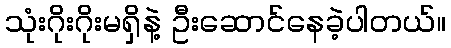
သုံးဂိုးဂိုးမရှိနဲ့ ဦးဆောင်နေခဲ့ပါတယ်။